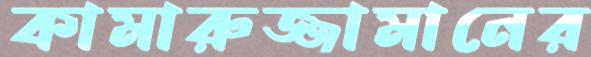
কামারুজ্জামানের